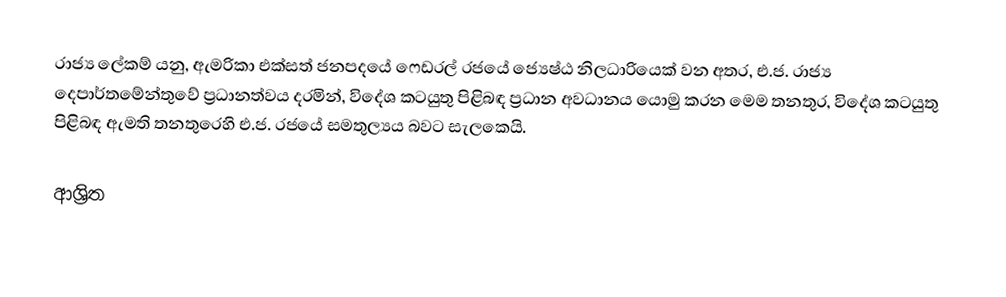
රාජ්‍ය ලේකම් යනු, ඇමරිකා එක්සත් ජනපදයේ  ෆෙඩරල් රජයේ ජ්‍යෙෂ්ඨ නිලධාරියෙක් වන අතර,  එ.ජ. රාජ්‍ය දෙපාර්තමේන්තුවේ ප්‍රධානත්වය දරමින්, විදේශ කටයුතු පිළිබඳ ප්‍රධාන අවධානය යොමු කරන මෙම තනතුර,  විදේශ කටයුතු පිළිබඳ ඇමති තනතුරෙහි එ.ජ. රජයේ සමතුල්‍යය බවට සැලකෙයි.

ආශ්‍රිත